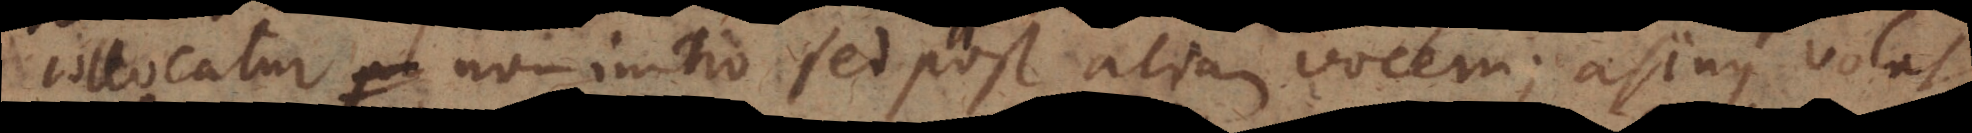
collocatur non initio sed post aliam vocem; asinus volat,